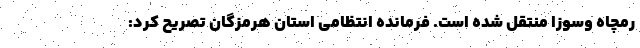
رمچاه وسوزا منتقل شده است. فرمانده انتظامی استان هرمزگان تصریح کرد: